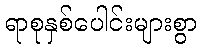
ရာစုနှစ်ပေါင်းများစွာ